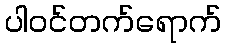
ပါဝင်တက်ရောက်